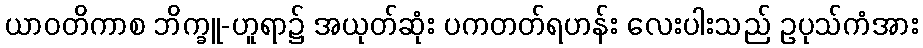
ယာဝတိကာစ ဘိက္ခူ-ဟူရာ၌ အယုတ်ဆုံး ပကတတ်ရဟန်း လေးပါးသည် ဥပုသ်ကံအား